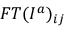
F T ( I ^ { a } ) _ { i j }